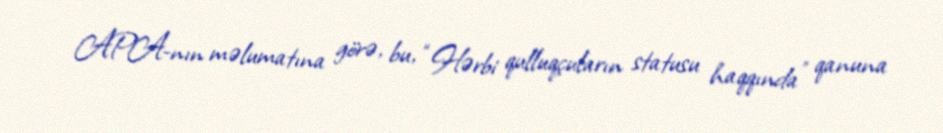
APA-nın məlumatına görə, bu, “Hərbi qulluqçuların statusu haqqında” qanuna